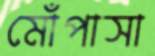
মোঁপাসা